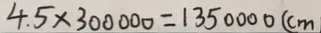
4 . 5 \times 3 0 0 0 0 0 = 1 3 5 0 0 0 0 ( c m